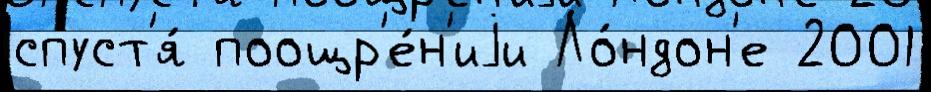
спуст'я́ поощр'е́н'иjи Ло́ндон'е 2001